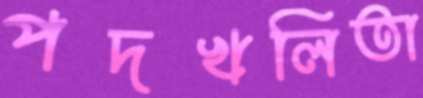
পদখলিতা